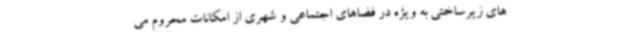
های زیرساختی به ویژه در فضاهای اجتماعی و شهری از امکانات محروم می